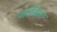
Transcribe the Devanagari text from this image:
जाबिता